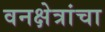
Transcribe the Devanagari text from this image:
वनक्षेत्रांचा